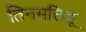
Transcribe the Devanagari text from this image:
तिनमत्तिवू